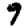
Digit: 9